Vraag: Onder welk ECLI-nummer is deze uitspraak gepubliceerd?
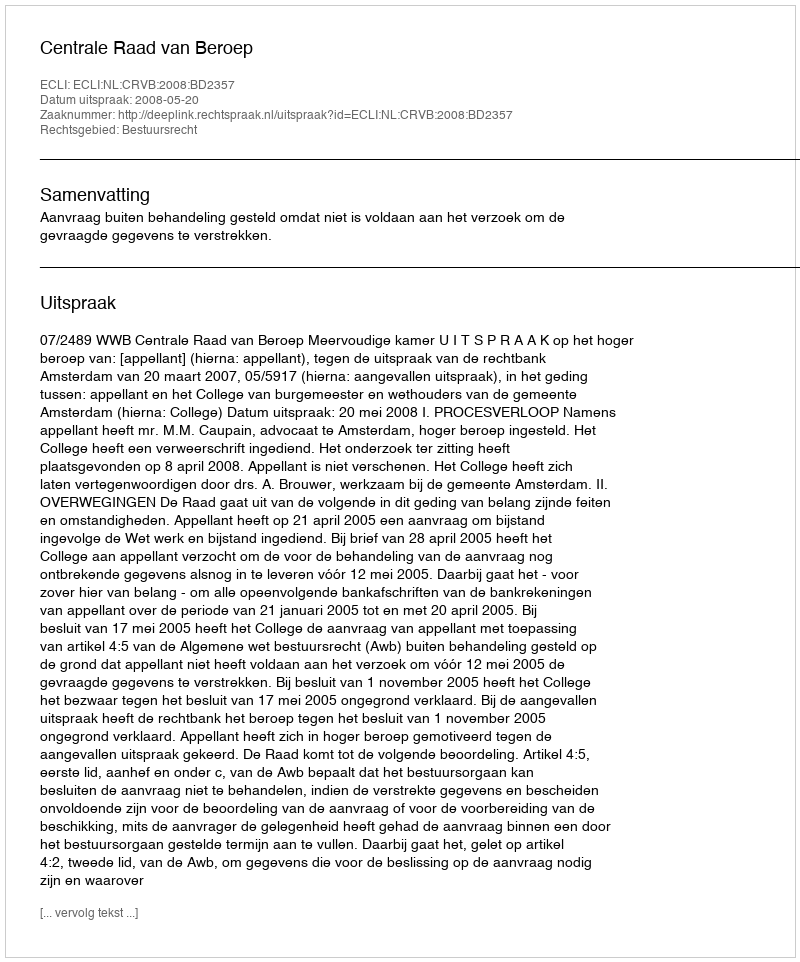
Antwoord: ECLI:NL:CRVB:2008:BD2357